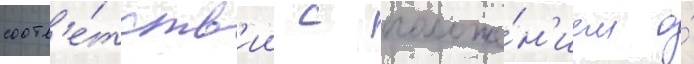
соотв'е́тств'ии с положе́н'ием о́